Indian journal of veterinary science and animal husbandry - Volume 11,
Year: 1941
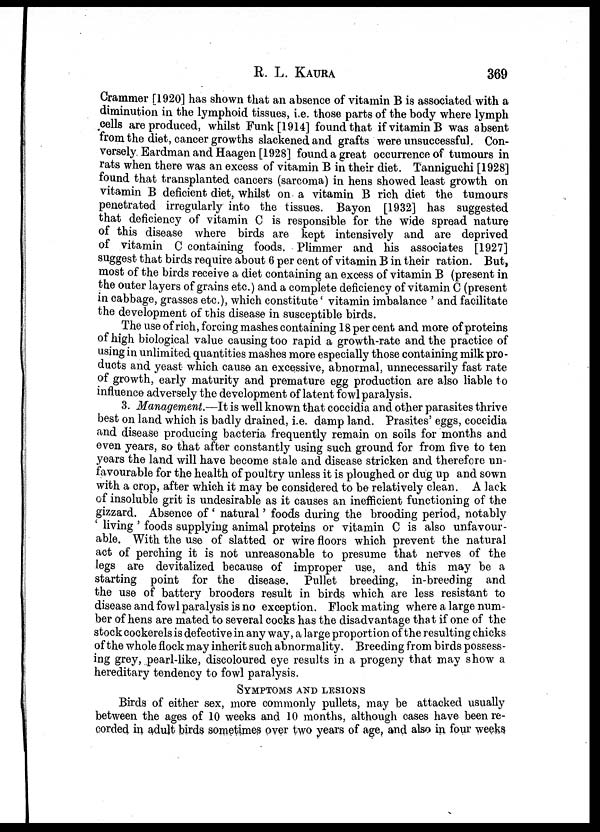
R. L. KAURA 369
Crammer [1920] has shown that an absence of vitamin B is associated with a
diminution in the lymphoid tissues, i.e. those parts of the body where lymph
cells are produced, whilst Funk [1914] found that if vitamin B was absent
from the diet, cancer growths slackened and grafts were unsuccessful. Con-
versely Eardman and Haagen [1928] found a great occurrence of tumours in
rats when there was an excess of vitamin B in their diet. Tanniguchi [1928]
found that transplanted cancers (sarcoma) in hens showed least growth on
vitamin B deficient diet, whilst on a vitamin B rich diet the tumours
penetrated irregularly into the tissues. Bayon [1932] has suggested
that deficiency of vitamin C is responsible for the wide spread nature
of this disease where birds are kept intensively and are deprived
of vitamin C containing foods. Plimmer and his associates [1927]
suggest that birds require about 6 per cent of vitamin B in their ration. But,
most of the birds receive a diet containing an excess of vitamin B (present in
the outer layers of grains etc.) and a complete deficiency of vitamin C (present
in cabbage, grasses etc.), which constitute' vitamin imbalance ' and facilitate
the development of this disease in susceptible birds.
The use of rich, forcing mashes containing 18 per cent and more of proteins
of high biological value causing too rapid a growth-rate and the practice of
using in unlimited quantities mashes more especially those containing milk pro-
ducts and yeast which cause an excessive, abnormal, unnecessarily fast rate
of growth, early maturity and premature egg production are also liable to
influence adversely the development of latent fowl paralysis.
3. Management.—It is well known that coccidia and other parasites thrive
best on land which is badly drained, i.e. damp land. Prasites' eggs, coccidia
and disease producing bacteria frequently remain on soils for months and
even years, so that after constantly using such ground for from five to ten
years the land will have become stale and disease stricken and therefore un
favourable for the health of poultry unless it is ploughed or dug up and sown
with a crop, after which it may be considered to be relatively clean. A lack
of insoluble grit is undesirable as it causes an inefficient functioning of the
gizzard. Absence of ' natural' foods during the brooding period, notably
' living ' foods supplying animal proteins or vitamin C is also unfavour
able. With the use of slatted or wire floors which prevent the natural
act of perching it is not unreasonable to presume that nerves of the
legs are devitalized because of improper use, and this may be a
starting point for the disease. Pullet breeding, in-breeding and
the use of battery brooders result in birds which are less resistant to
disease and fowl paralysis is no exception. Flock mating where a large num-
ber of hens are mated to several cocks has the disadvantage that if one of the
stock cockerels is defective in any way, a large proportion of the resulting chicks
of the whole flock may inherit such abnormality. Breeding from birds possess-
ing grey, pearl-like, discoloured eye results in a progeny that may show a
hereditary tendency to fowl paralysis.
SYMPTOMS AND LESIONS
Birds of either sex, more commonly pullets, may be attacked usually
between the ages of 10 weeks and 10 months, although cases have been re-
corded in adult birds sometimes over two years of age, and also in four weeks